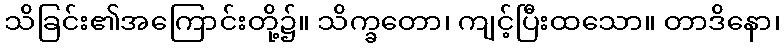
သိခြင်း၏အကြောင်းတို့၌။ သိက္ခတော၊ ကျင့်ပြီးထသော။ တာဒိနော၊